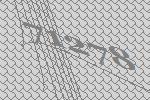
71278